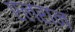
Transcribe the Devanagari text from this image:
एलरान